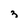
Character: 3